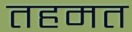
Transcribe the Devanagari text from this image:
तहमत